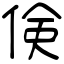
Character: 倹